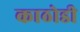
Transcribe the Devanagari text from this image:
काठोडी